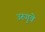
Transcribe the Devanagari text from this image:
उरुगुवे